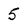
Character: 5